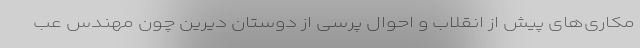
مکاری‌های پیش از انقلاب و احوال پرسی از دوستان دیرین چون مهندس عب